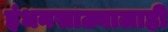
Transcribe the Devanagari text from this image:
इंधनसाठ्यालाही